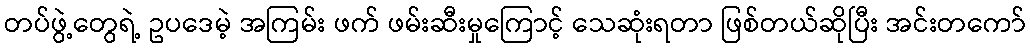
တပ်ဖွဲ့တွေရဲ့ ဥပဒေမဲ့ အကြမ်း ဖက် ဖမ်းဆီးမှုကြောင့် သေဆုံးရတာ ဖြစ်တယ်ဆိုပြီး အင်းတကော်